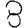
Digit: 8